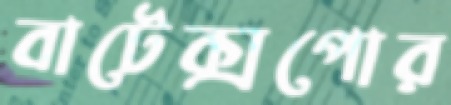
বাটেক্সপোর